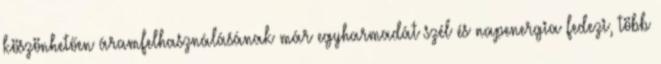
köszönhetően áramfelhasználásának már egyharmadát szél és napenergia fedezi, több